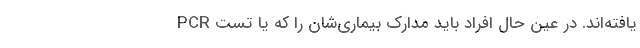
یافته‌اند. در عین حال افراد باید مدارک بیماری‌شان را که یا تست PCR